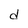
Character: d